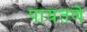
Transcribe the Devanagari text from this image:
पायतणे